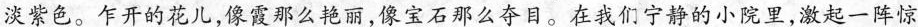
淡紫色。乍开的花儿，像霞那么艳丽，像宝石那么夺目。在我们宁静的小院里，激起一阵惊